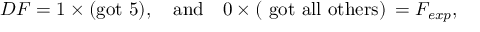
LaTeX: { \cal D } F = 1 \times \mathrm { ( g o t ~ 5 ) } , \quad \mathrm { a n d } \quad 0 \times \mathrm { ( ~ g o t ~ a l l ~ o t h e r s ) } \: = F _ { e x p } ,